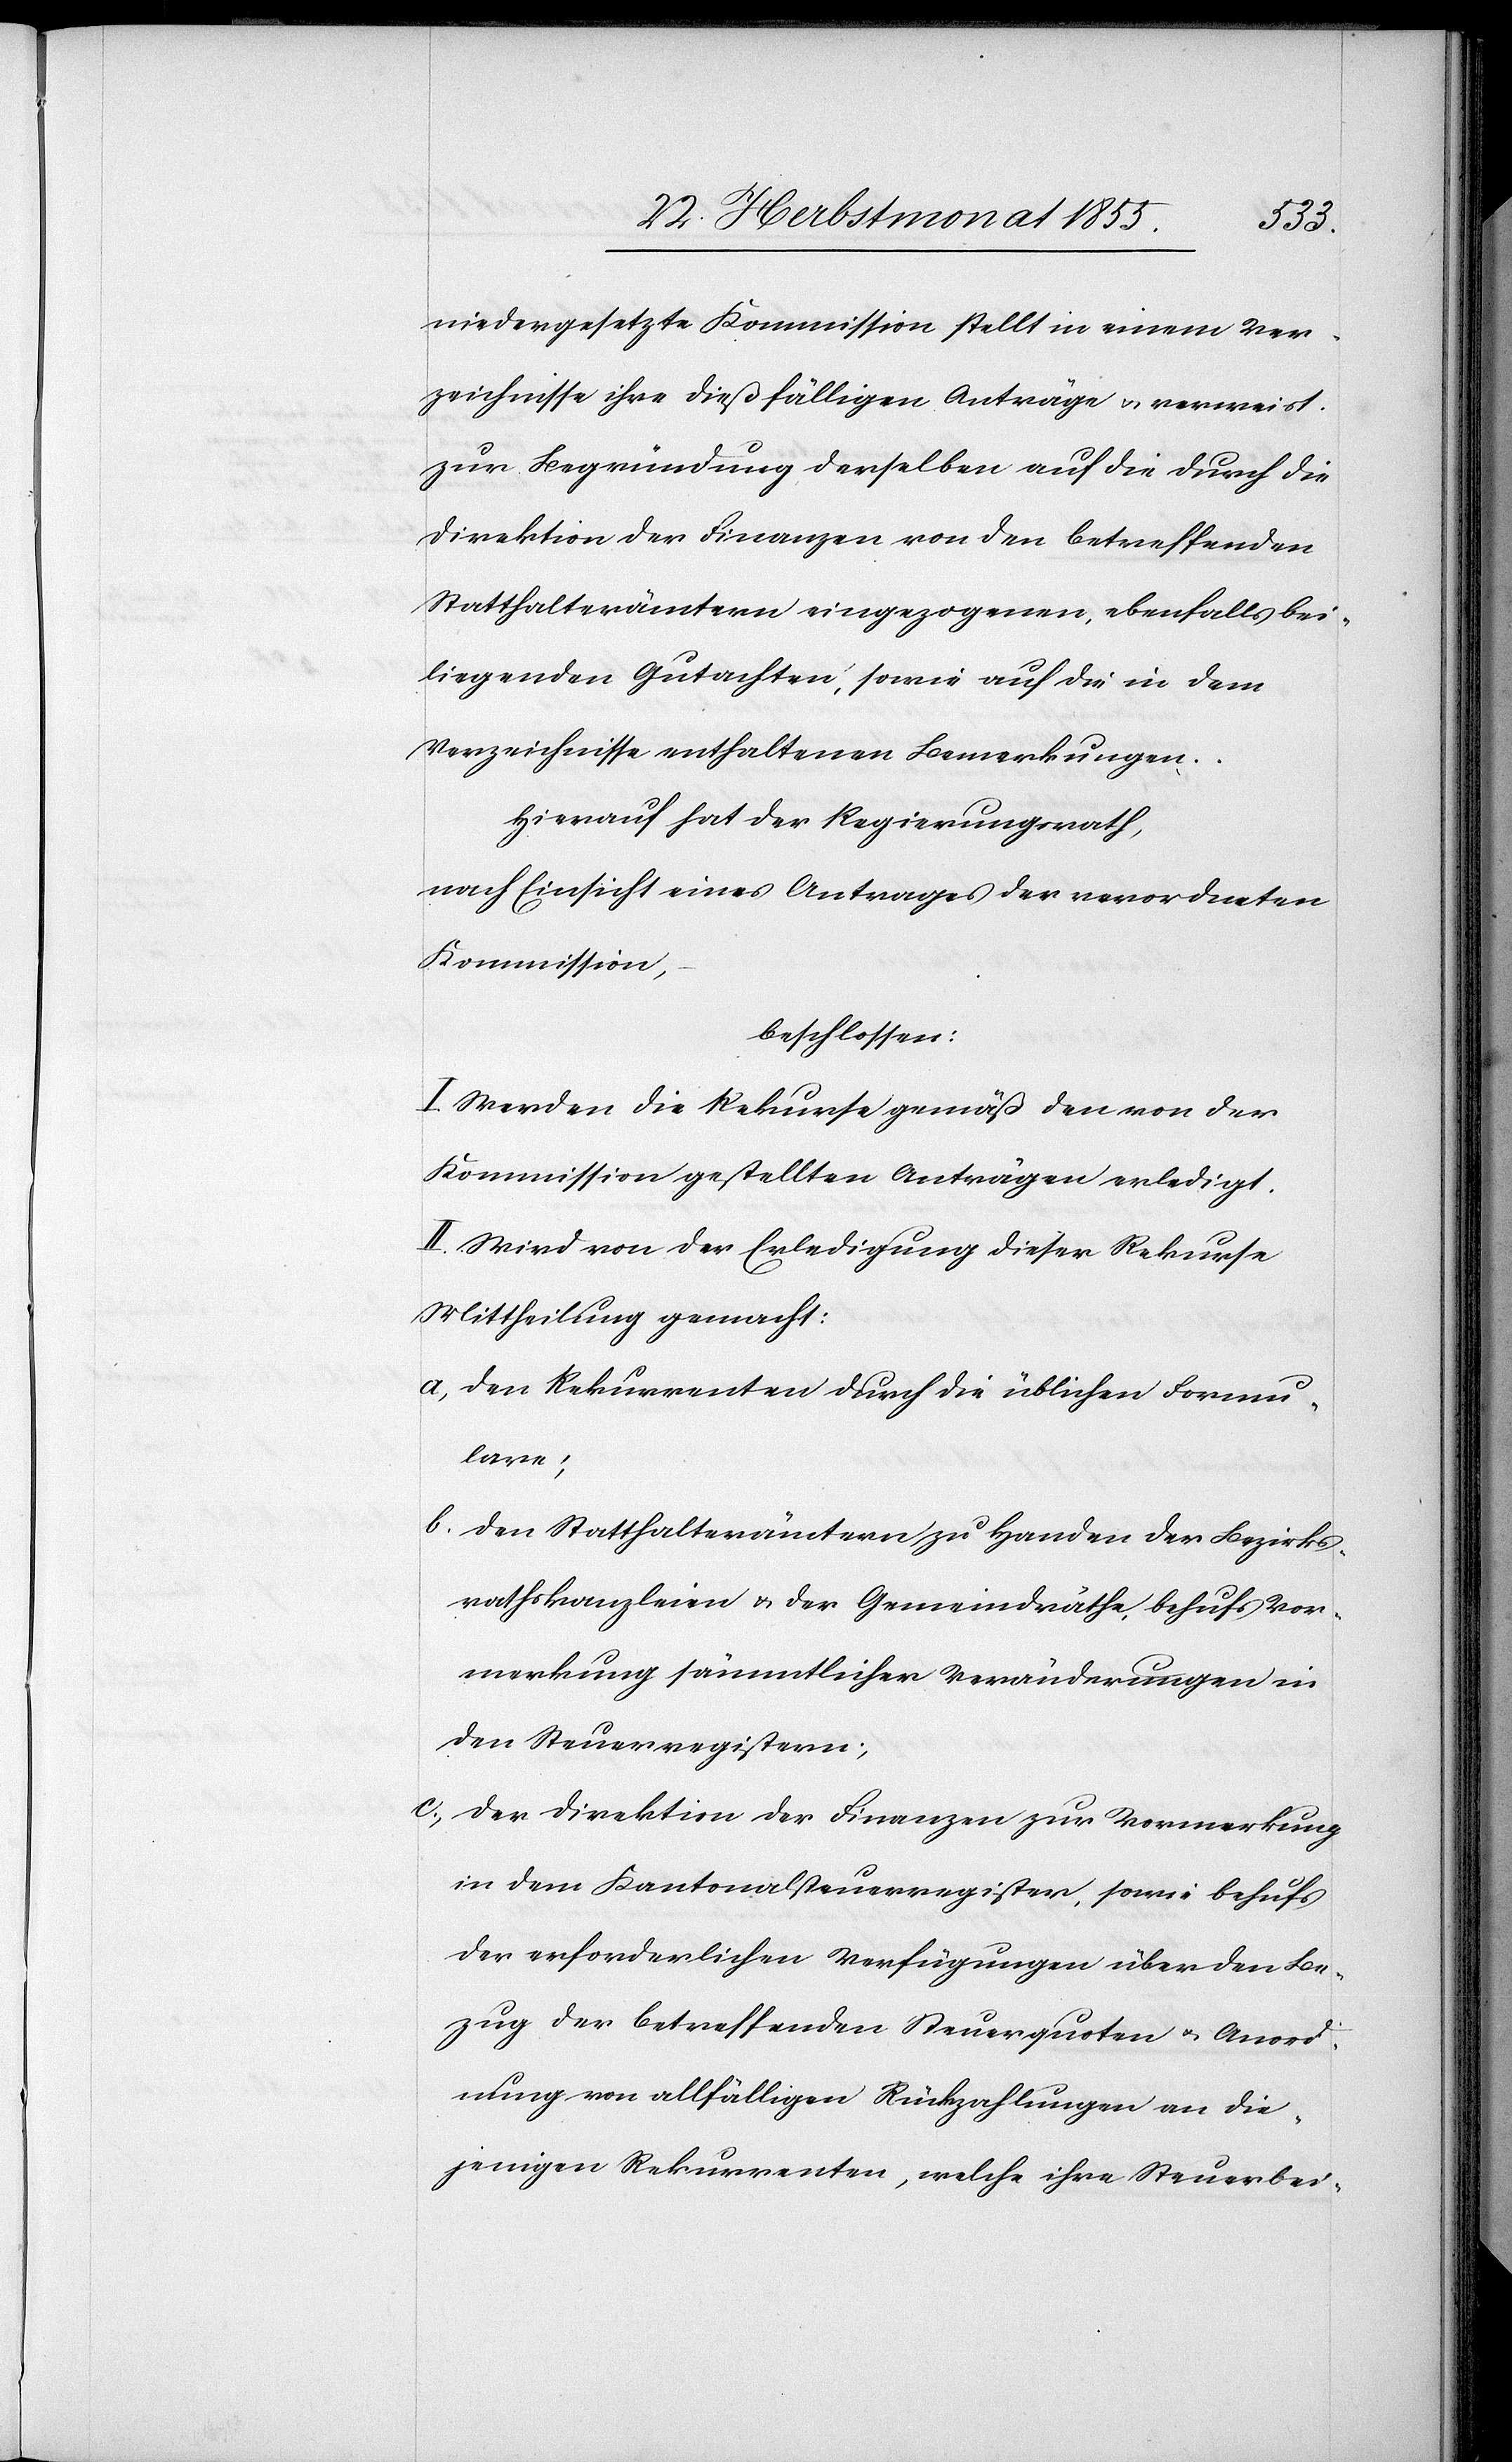
niedergesetzte Kommission stellt in einem Ver¬
zeichnisse ihre dießfälligen Anträge & verweist
zur Begründung derselben auf die durch die
Direktion der Finanzen von den betreffenden
Statthalterämtern eingezogenen, ebenfalls bei¬
liegenden Gutachten, sowie auf die in dem
Verzeichnisse enthaltenen Bemerkungen.
Hierauf hat der Regierungsrath,
nach Einsicht eines Antrages der verordneten
Kommission,
beschlossen:
I. Werden die Rekurse gemäß den von der
Kommission gestellten Anträgen erledigt.
II. Wird von der Erledigung dieser Rekurse
Mittheilung gemacht:
den Rekurrenten durch die üblichen Formu¬
lare;
den Statthalterämtern zu Handen der Bezirks¬
rathskanzleien & der Gemeindräthe, behufs Vor¬
merkung sämmtlicher Veränderungen in
den Steuerregistern;
der Direktion der Finanzen zur Vormerkung
in dem Kantonalsteuerregister, sowie behufs
der erforderlichen Verfügungen über den Be¬
zug der betreffenden Steuerquoten & Anord¬
nung von allfälligen Rückzahlungen an die¬
jenigen Rekurrenten, welche ihre Steuerbei-